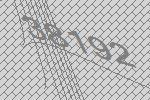
38192